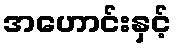
အဟောင်းနှင့်